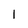
Character: 1